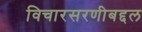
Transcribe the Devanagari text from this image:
विचारसरणीबद्दल